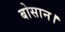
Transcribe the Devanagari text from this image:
बोसान।